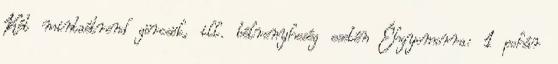
Két mintaétrend görcsök, ill. bélrenyheség esetén Éhgyomorra: 1 pohár